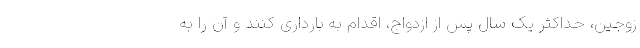
زوجین، حداکثر یک سال پس از ازدواج، اقدام به بارداری کنند و آن را به